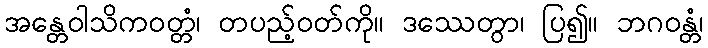
အန္တေဝါသိကဝတ္တံ၊ တပည့်ဝတ်ကို။ ဒဿေတွာ၊ ပြ၍။ ဘဂဝန္တံ၊